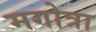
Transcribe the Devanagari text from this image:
मगोत्रा